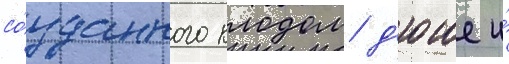
со́зданного клодом д'юше и́